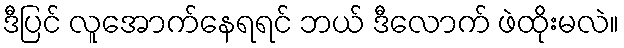
ဒီပြင် လူအောက်နေရရင် ဘယ် ဒီလောက် ဖဲထိုးမလဲ။